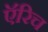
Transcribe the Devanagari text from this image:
ऍरिच